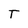
Character: T